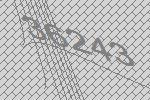
36243